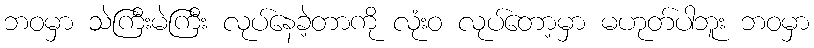
ဘဝမှာ သဲကြီးမဲကြီး လုပ်နေခဲ့တာကို လုံးဝ လုပ်တော့မှာ မဟုတ်ပါဘူး ဘဝမှာ